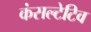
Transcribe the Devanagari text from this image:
कंसल्टेटिव